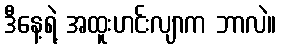
ဒီနေ့ရဲ့ အထူးဟင်းလျာက ဘာလဲ။